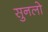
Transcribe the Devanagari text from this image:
सुनलो